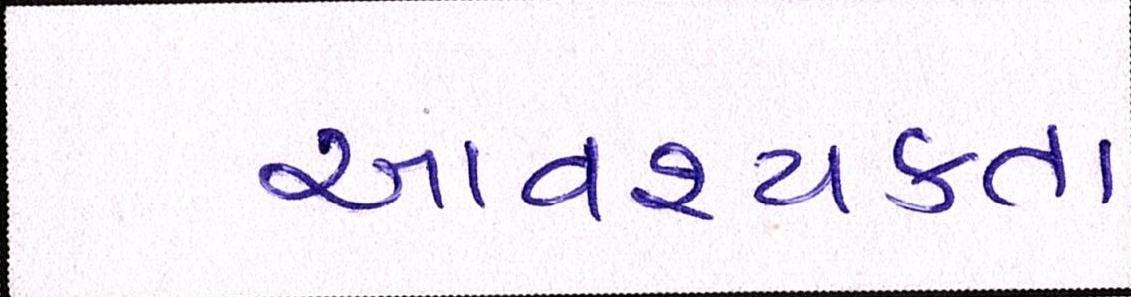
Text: આવશ્યકતા